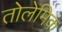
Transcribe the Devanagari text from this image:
तोलेमिक